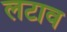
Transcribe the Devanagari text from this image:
लटाव